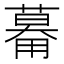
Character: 𱰠